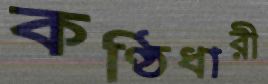
কণ্ঠিধারী